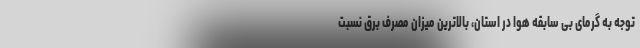
توجه به گرمای بی‌ سابقه هوا در استان، بالاترین میزان مصرف برق نسبت